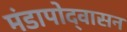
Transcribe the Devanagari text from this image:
मंडापोद्‌वासन